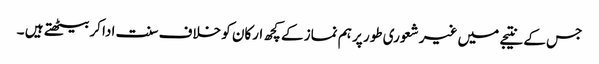
جس کے نتیجے میں غیر شعوری طور پر ہم نماز کے کچھ ارکان کو خلاف سنت ادا کربیٹھتے ہیں ۔